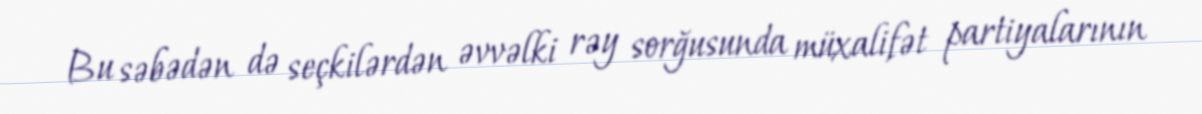
Bu səbədən də seçkilərdən əvvəlki rəy sorğusunda müxalifət partiyalarının